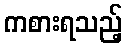
ကစားရသည့်